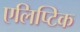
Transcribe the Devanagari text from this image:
एलिप्टिक